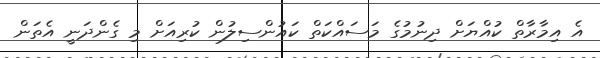
އެ އިމާރާތް ކުއްޔަށް ދިނުމުގެ މަސައްކަތް ކައުންސިލުން ކުރިއަށް މި ގެންދަނީ އެތަން